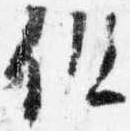
但